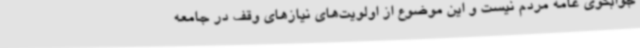
جوابگوی عامه مردم نیست و این موضوع از اولویت‌های نیازهای وقف در جامعه